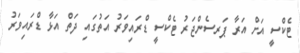
ޓެކްސީ އަށް އަރާ ޕަރސެންޖަރު ޓެކްސީ ޑްރައިވަރު އަތުގައި ދަތް އަޅާ ޑްރައިވަރު